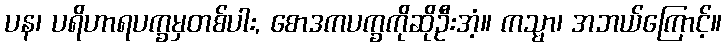
ပန၊ ပရိဟာရပက္ခမှတစ်ပါး, စောဒကပက္ခကိုဆိုဦးအံ့။ ကသ္မာ၊ အဘယ်ကြောင့်။